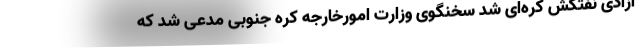
آزادی نفتکش کره‌ای شد سخنگوی وزارت امورخارجه کره جنوبی مدعی شد که